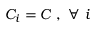
C _ { i } = C ~ , ~ \forall ~ i